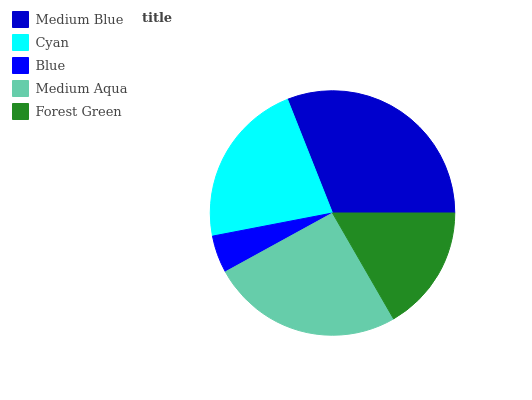
| Medium Blue | Cyan | Blue | Medium Aqua | Forest Green |
 | --- | --- | --- | --- | --- |
 | 31% | 22% | 4.97% | 25.3% | 16.7% |